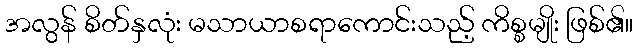
အလွန် စိတ်နှလုံး မသာယာစရာကောင်းသည့် ကိစ္စမျိုး ဖြစ်၏။